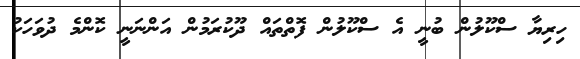
ހިރިޔާ ސްކޫލުން ބުނީ އެ ސްކޫލުން ފޮތްތައް ދޫކުރަމުން އަންނަނީ ކޮންމެ ދުވަހަކު